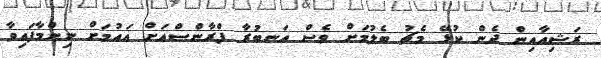
ރަޝިއާއިން ދެން ކުޅޭ މެޗު ބެލުމަށް ވެސް އަނބުރާ ފްރާންސްއަށް އައުމަށް ނިންމާފައިވާ